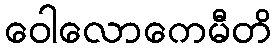
ဝေါလောကေမီတိ